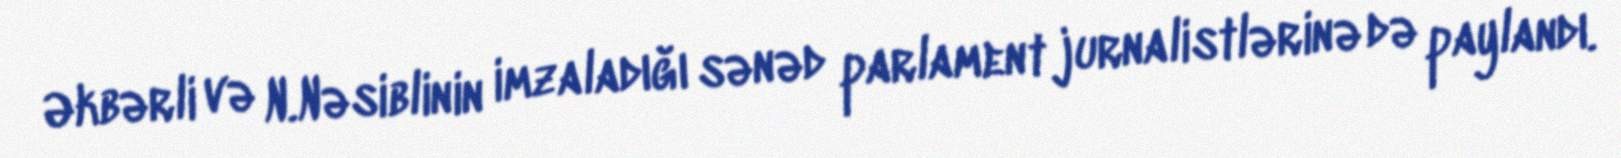
Əkbərli və N.Nəsiblinin imzaladığı sənəd parlament jurnalistlərinə də paylandı.